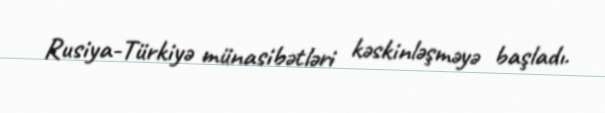
Rusiya-Türkiyə münasibətləri kəskinləşməyə başladı.